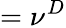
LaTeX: =\nu^{D}